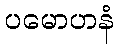
ပမောဟနံ